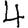
Digit: 4